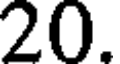
20.